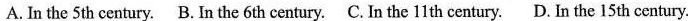
A. In the 5th century.B. In the 6th century.C. In the 11 th century.D. In the 15 th century.